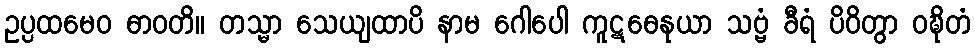
ဥပ္ပထမေဝ ဓာဝတိ။ တသ္မာ သေယျထာပိ နာမ ဂေါပေါ ကူဋဓေနုယာ သဗ္ဗံ ခီရံ ပိဝိတွာ ဝဍ္ဎိတံ